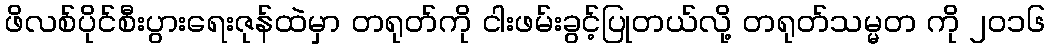
ဖိလစ်ပိုင်စီးပွားရေးဇုန်ထဲမှာ တရုတ်ကို ငါးဖမ်းခွင့်ပြုတယ်လို့ တရုတ်သမ္မတ ကို ၂၀၁၆